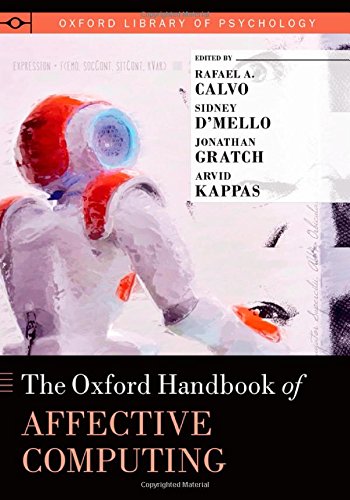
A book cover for The Oxford Handbook of Affective Computing (Oxford Library of Psychology); Computers & Technology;